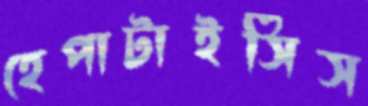
হেপাটাইসিস